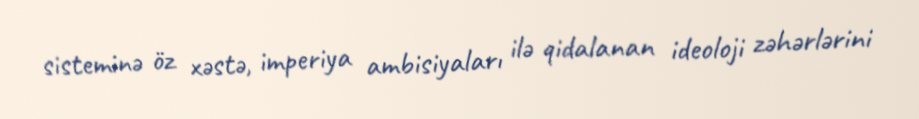
sisteminə öz xəstə, imperiya ambisiyaları ilə qidalanan ideoloji zəhərlərini